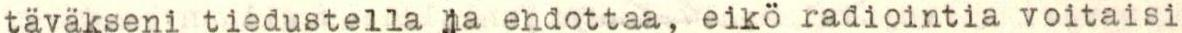
täväkseni tiedustella ja ehdottaa, eikö radiointia voitaisi